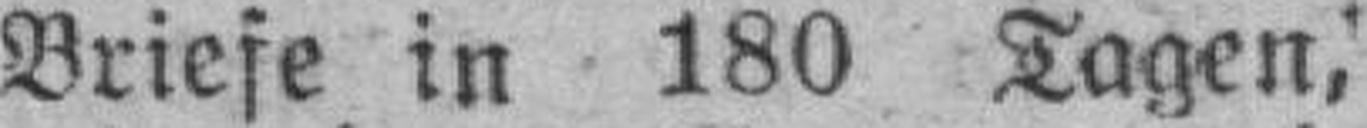
Briefe in 180 Tagen,